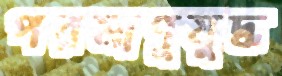
পরমাণুযুদ্ধ